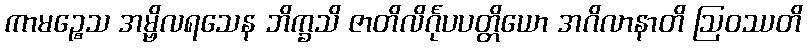
ကာမဉ္စေသ အမ္ဗိလရသေန ဘိက္ခသိ ဇာတိလိင်္ဂုပပတ္တိယော အဂိလာနာတိ ဩဝဿတိ